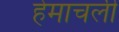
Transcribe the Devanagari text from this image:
हेमाचलीं